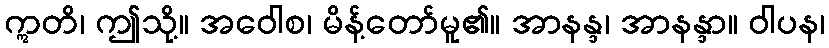
ဣတိ၊ ဤသို့။ အဝေါစ၊ မိန့်တော်မူ၏။ အာနန္ဒ၊ အာနန္ဒာ။ ဝါပန၊